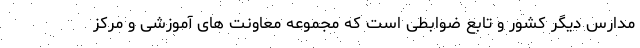
مدارس دیگر کشور و تابع ضوابطی است که مجموعه معاونت های آموزشی و مرکز